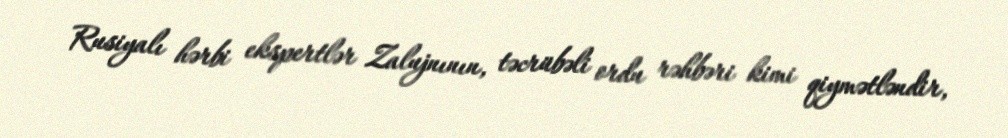
Rusiyalı hərbi ekspertlər Zalujnının, təcrübəli ordu rəhbəri kimi qiymətləndir,